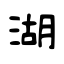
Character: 湖